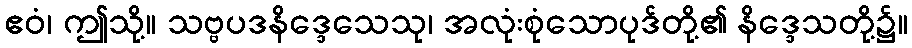
ဧဝံ၊ ဤသို့။ သဗ္ဗပဒနိဒ္ဒေသေသု၊ အလုံးစုံသောပုဒ်တို့၏ နိဒ္ဒေသတို့၌။